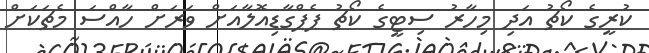
ކުރީގެ ކޯޗު އަދި މިހާރު ސިޓީގެ ކޯޗު ޕެޕްގާޑިއޮލާއަށް ވަރަށް ހާއްސަ މެޗަކަށް